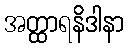
အတ္ထာရနိဒါနာ